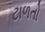
ટાળતો